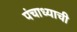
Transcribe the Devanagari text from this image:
पंचाध्याची